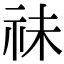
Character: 祙